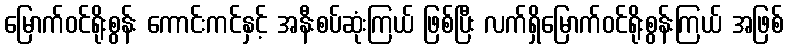
မြောက်ဝင်ရိုးစွန်း ကောင်းကင်နှင့် အနီးစပ်ဆုံးကြယ် ဖြစ်ပြီး လက်ရှိမြောက်ဝင်ရိုးစွန်းကြယ် အဖြစ်